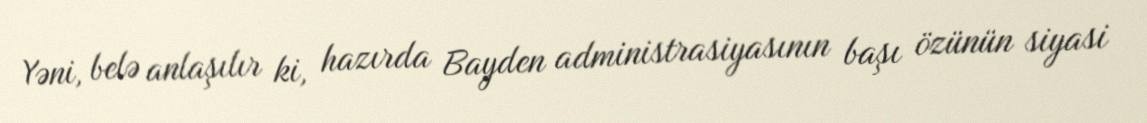
Yəni, belə anlaşılır ki, hazırda Bayden administrasiyasının başı özünün siyasi